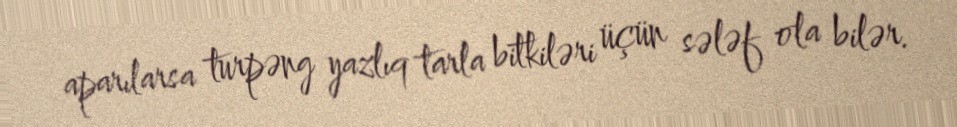
aparılarsa turpəng yazlıq tarla bitkiləri üçün sələf ola bilər.